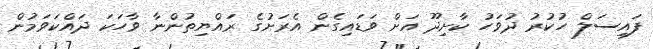
ފައިސަލް ހުކުރު ދުވަހު ކާށިދޫ އަށް ވަޑައިގެން އެރަށުގެ ރައްޔިތުންނާ ވާހަކަ ދައްކަވަމުން